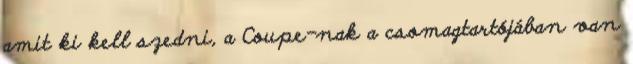
amit ki kell szedni, a Coupe-nak a csomagtartójában van